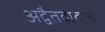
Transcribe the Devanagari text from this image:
अद्वैतवादाचे